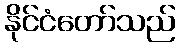
နိုင်ငံတော်သည်